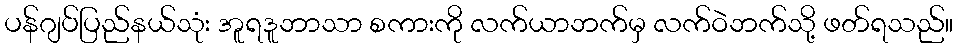
ပန်ဂျပ်ပြည်နယ်သုံး အူရဒူဘာသာ စကားကို လက်ယာဘက်မှ လက်ဝဲဘက်သို့ ဖတ်ရသည်။